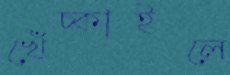
খেঁচ্‌কাইলে